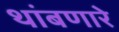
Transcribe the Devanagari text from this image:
थांबणारे